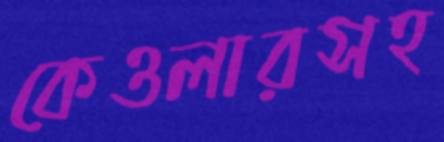
কেওলারসহ